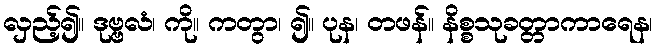
လှည့်၍။ ဒုဗ္ဗလံ၊ ကို။ ကတွာ၊ ၍။ ပုန၊ တဖန်။ နိစ္စသုခတ္တာကာရေန၊